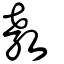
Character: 敎